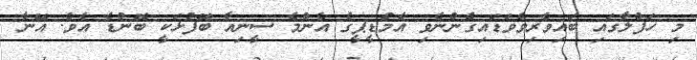
މި ހަފްލާގައި ބައިވެރިވެވަޑައިގެންނެވި އެމްޑީޕީގެ އެންމެ ސީނިއާ ބޭފުޅަކީ ބޮންޑެ އެވެ. އޭނާ